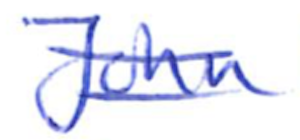
Text: John
Cross-out: double-line
Writing tool: ballpoint